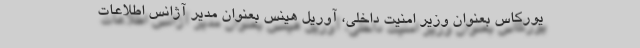
یورکاس بعنوان وزیر امنیت داخلی، آوریل هینس بعنوان مدیر آژانس اطلاعات